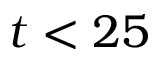
t < 2 5